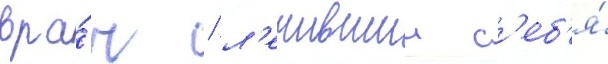
вра́ч / л'ечившии с'еб'я́